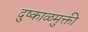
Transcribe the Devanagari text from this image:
दुष्काळमुक्ती